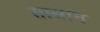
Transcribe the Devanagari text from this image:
सासान